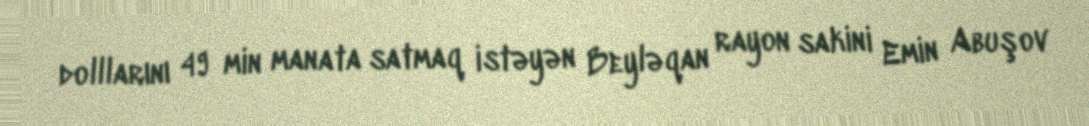
dolllarını 49 min manata satmaq istəyən Beyləqan rayon sakini Emin Abuşov